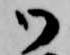
御